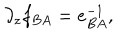
LaTeX: \partial _ { z } f _ { B A } = e _ { B A } ^ { - 1 } ,